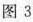
图3